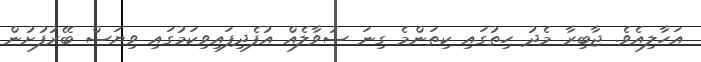
އަހާލިއެވެ. ޖާބިރާ މެދު ހިތުގައި ކިތަންމެ ގިނަ ސުވާލެއް އުފެދިފައިވިކަމުގައި ވިޔަސް ބޭރުފުށުން